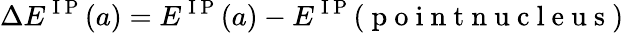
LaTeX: \Delta E^{\mathrm{~I~P~}}(a)=E^{\mathrm{~I~P~}}(a)-E^{\mathrm{~I~P~}}(\mathrm{~p~o~i~n~t~n~u~c~l~e~u~s~})